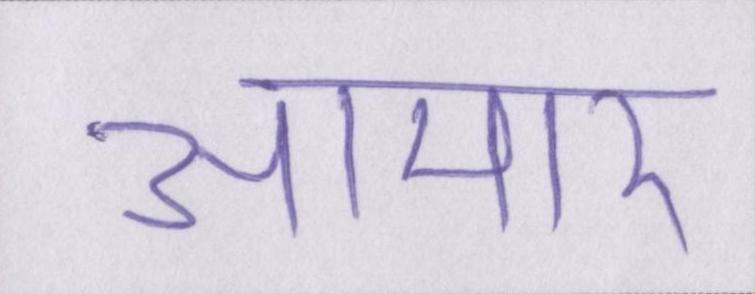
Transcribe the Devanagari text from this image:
आमार